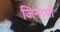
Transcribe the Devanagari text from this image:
जिनार्था